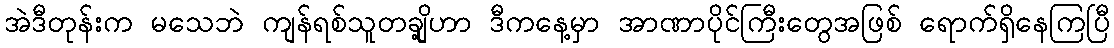
အဲဒီတုန်းက မသေဘဲ ကျန်ရစ်သူတချို့ဟာ ဒီကနေ့မှာ အာဏာပိုင်ကြီးတွေအဖြစ် ရောက်ရှိနေကြပြီ